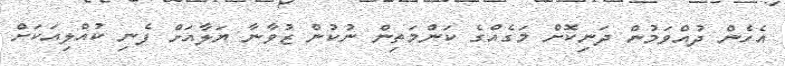
އެހެން ދުއްވަމުން ދަނިކޮށް މަގެއްގެ ކަންމަތިން ނުކުން ޒުވާނާ ޔަލާއަށް ފެނި ކުއްލިއަކަށް